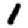
Digit: 1